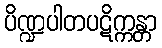
ပိဏ္ဍပါတပဋိက္ကန္တာ